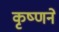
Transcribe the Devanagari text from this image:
कृष्‍णने